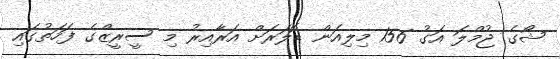
ޝޯގެ ޖުމްލަ އަގު 156 މިލިއަން ޑޮލަރަށް އަރާއިރު މި ސީރީޒްގެ ފަހަތުގައި